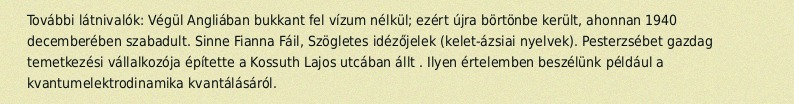
További látnivalók: Végül Angliában bukkant fel vízum nélkül; ezért újra börtönbe került, ahonnan 1940 decemberében szabadult. Sinne Fianna Fáil, Szögletes idézőjelek (kelet-ázsiai nyelvek). Pesterzsébet gazdag temetkezési vállalkozója építette a Kossuth Lajos utcában állt . Ilyen értelemben beszélünk például a kvantumelektrodinamika kvantálásáról.